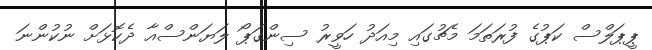
ޕީޕަލްސް ކަޕުގެ ފުރަތަމަ މެޗުގައި މިއަދު ހަވީރު ސިންގަޕޯ ލަޔަންސްއާ ދެކޮޅަށް ނުކުންނަ